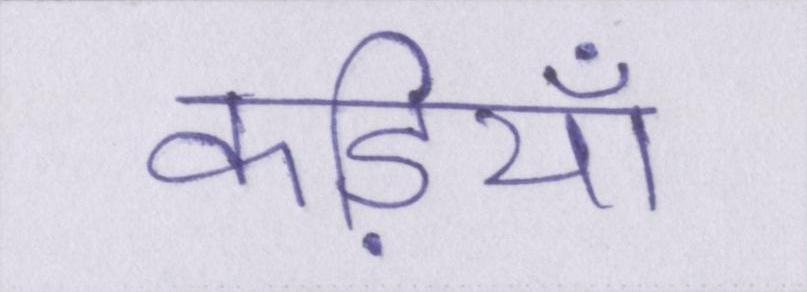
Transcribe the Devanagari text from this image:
कड़ियाँ